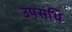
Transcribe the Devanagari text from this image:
उपसंधि